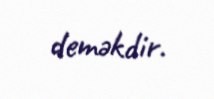
deməkdir.